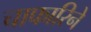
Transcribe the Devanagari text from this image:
चाफारिने